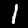
Digit: 1